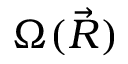
\Omega ( { \vec { R } } )